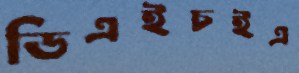
ডিএইচইএ